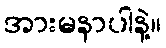
အားမနာပါနဲ့။